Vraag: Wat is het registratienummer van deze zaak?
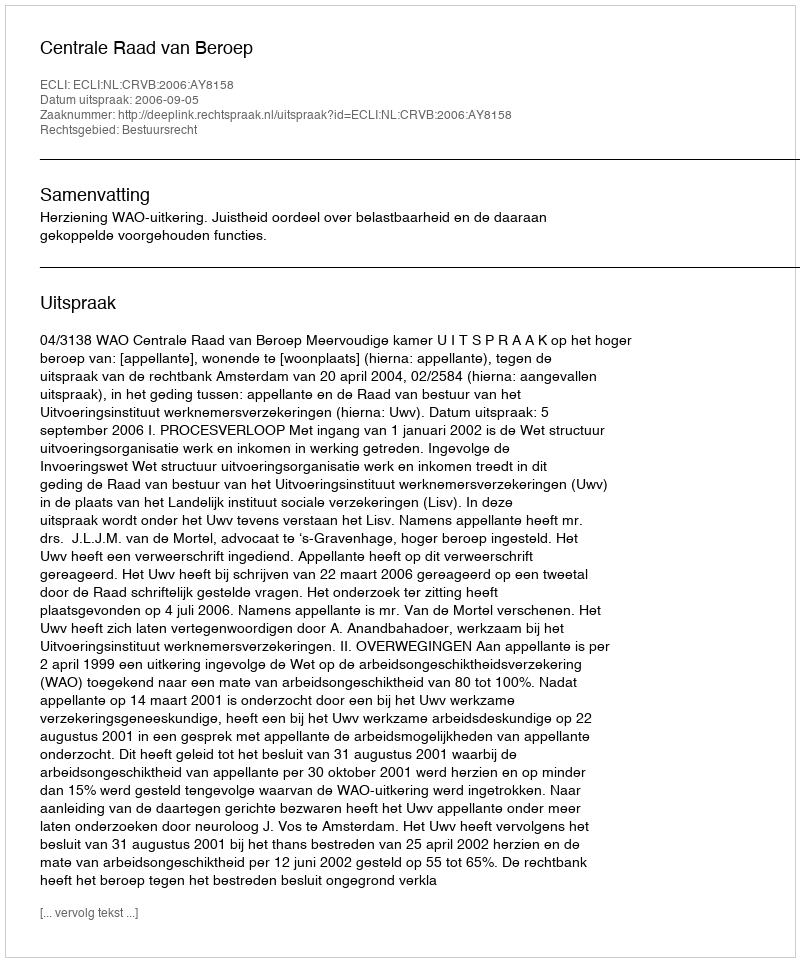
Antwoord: http://deeplink.rechtspraak.nl/uitspraak?id=ECLI:NL:CRVB:2006:AY8158